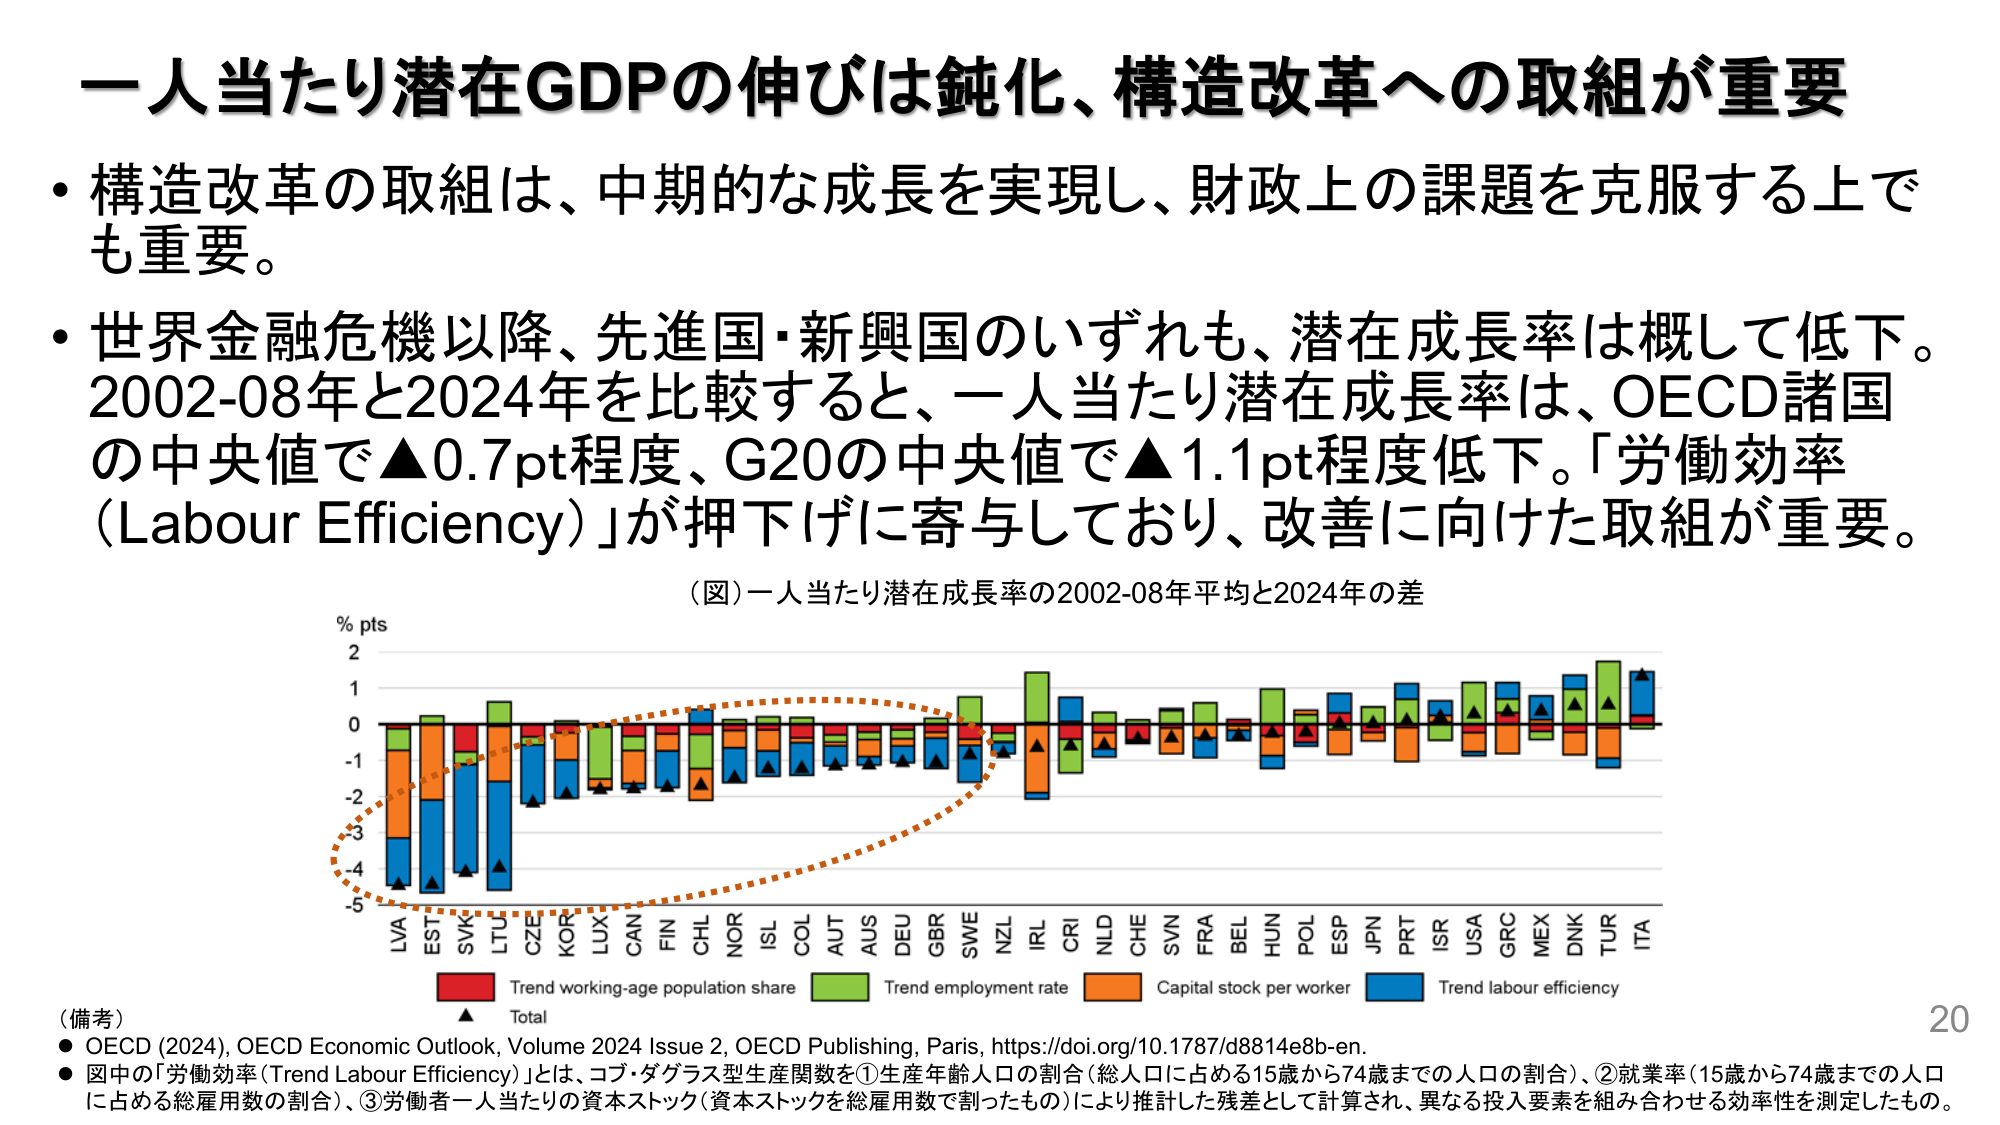
一人当たり潜在GDPの伸びは鈍化、構造改革への取組が重要

・構造改革の取組は、中期的な成長を実現し、財政上の課題を克服する上でも重要。

・世界金融危機以降、先進国・新興国のいずれも、潜在成長率は概して低下。2002-08年と2024年を比較すると、一人当たり潜在成長率は、OECD諸国の中央値で▲0.7pt程度、G20の中央値で▲1.1pt程度低下。「労働効率（Labour Efficiency）」が押下げに寄与しており、改善に向けた取組が重要。

（図）一人当たり潜在成長率の2002-08年平均と2024年の差

% pts
2
1
0
-1
-2
-3
-4
-5

LVA EST SVK LTU CZE KOR LUX CAN FIN CHL NOR ISL COL AUT AUS DEU GBR SWE NZL IRL CRI NLD CHE SVN FRA BEL HUN POL ESP JPN PRT ISR USA GRC MEX DNK TUR ITA

（備考）
● OECD (2024), OECD Economic Outlook, Volume 2024 Issue 2, OECD Publishing, Paris, https://doi.org/10.1787/d8814e8b-en.
● 図中の「労働効率（Trend Labour Efficiency）」とは、コブ・ダグラス型生産関数を①生産年齢人口の割合（総人口に占める15歳から74歳までの人口の割合）、②就業率（15歳から74歳までの人口に占める総雇用数の割合）、③労働者一人当たりの資本ストック（資本ストックを総雇用数で割ったもの）により推計した残差として計算され、異なる投入要素を組み合わせる効率性を測定したもの。

Trend working-age population share
Trend employment rate
Capital stock per worker
Trend labour efficiency
Total

20